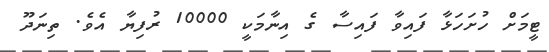
ޓީމަށް ހުށަހަޅާ ފައިވާ ފައިސާ ގެ އިނާމަކީ 10000 ރުފިޔާ އެވެ. ތިނަދޫ